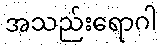
အသည်းရောဂါ